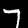
Label: 7